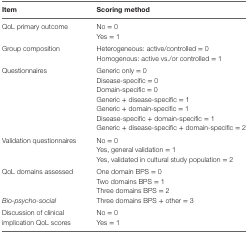
<table><thead><tr><td><b>Item</b></td><td><b>Scoring method</b></td></tr></thead><tbody><tr><td rowspan="2">QoL primary outcome</td><td>No = 0</td></tr><tr><td>Yes = 1</td></tr><tr><td rowspan="2">Group composition</td><td>Heterogeneous: active/controlled = 0</td></tr><tr><td>Homogenous: active vs./or controlled = 1</td></tr><tr><td rowspan="7">Questionnaires</td><td>Generic only = 0</td></tr><tr><td>Disease-specific = 0</td></tr><tr><td>Domain-specific = 0</td></tr><tr><td>Generic + disease-specific = 1</td></tr><tr><td>Generic + domain-specific = 1</td></tr><tr><td>Disease-specific + domain-specific = 1</td></tr><tr><td>Generic + disease-specific + domain-specific = 2</td></tr><tr><td rowspan="3">Validation questionnaires</td><td>No = 0</td></tr><tr><td>Yes, general validation = 1</td></tr><tr><td>Yes, validated in cultural study population = 2</td></tr><tr><td rowspan="3">QoL domains assessed</td><td>One domain BPS = 0</td></tr><tr><td>Two domains BPS = 1</td></tr><tr><td>Three domains BPS = 2</td></tr><tr><td><i>Bio-psycho-social</i></td><td>Three domains BPS + other = 3</td></tr><tr><td rowspan="2">Discussion of clinical implication QoL scores</td><td>No = 0</td></tr><tr><td>Yes = 1</td></tr></tbody></table>